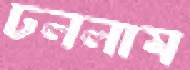
ঢললাম